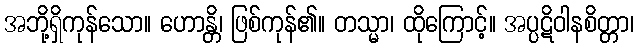
အဘို့ရှိကုန်သော။ ဟောန္တိ၊ ဖြစ်ကုန်၏။ တသ္မာ၊ ထိုကြောင့်။ အပ္ပဋိဝါနစိတ္တာ၊